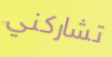
تشاركني